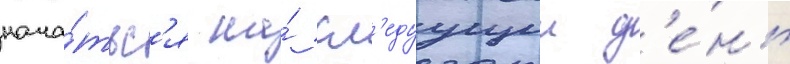
нача́тьс'я на́ сл'едуущии д'е́нь